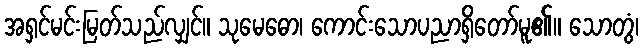
အရှင်မင်းမြတ်သည်လျှင်။ သုမေဓော၊ ကောင်းသောပညာရှိတော်မူ၏။ သောတွံ၊